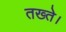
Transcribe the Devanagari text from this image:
तख्ते।